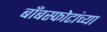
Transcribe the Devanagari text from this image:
बाँबस्फोटांच्या